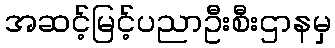
အဆင့်မြင့်ပညာဦးစီးဌာနမှ